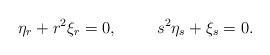
\begin{align*}\eta_r + r^2 \xi_r = 0, \hspace{1cm} s^2 \eta_s + \xi_s = 0.\end{align*}